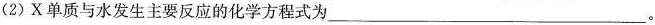
(2)X单质与水发生主要反应的化学方程式为___。